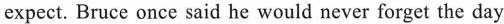
expect. Bruce once said he would never forget the day